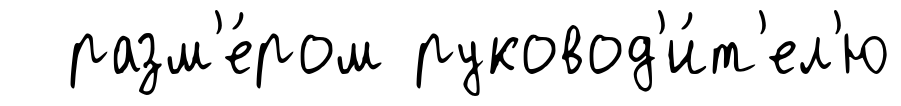
разм'е́ром руковод'и́т'ел'ю